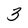
Character: 3